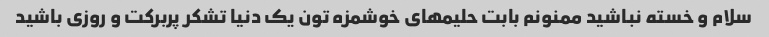
سلام و خسته نباشید ممنونم بابت حلیمهای خوشمزه تون یک دنیا تشکر پربرکت و روزی باشید